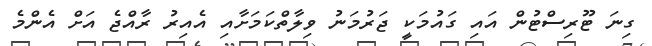
ގިނަ ޓޫރިސްޓުން އައި ގައުމަކީ ޖަރުމަނު ވިލާތްކަމަށާއި އެއިރު ރާއްޖެ އަށް އެންމެ